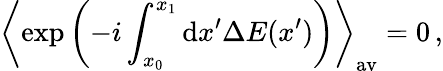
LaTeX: \left\langle\exp\left(-i\int_{x_{0}}^{x_{1}}\mathrm{d}x^{\prime}\Delta E(x^{\prime})\right)\right\rangle_{\mathrm{av}}=0\, ,